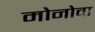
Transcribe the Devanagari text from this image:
मोनोवा